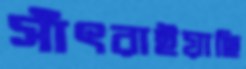
সাঁৎরাইয়াছি